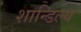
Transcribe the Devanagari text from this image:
शान्डिल्य